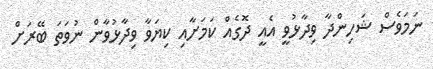
ނަމަވެސް ޝަހިންދާ ވިދާޅުވީ އެއީ ދޮގެއް ކަމަށާއި ކިޔަވާ ވިދާޅުވާން ނުވަތަ ބޭރަށް